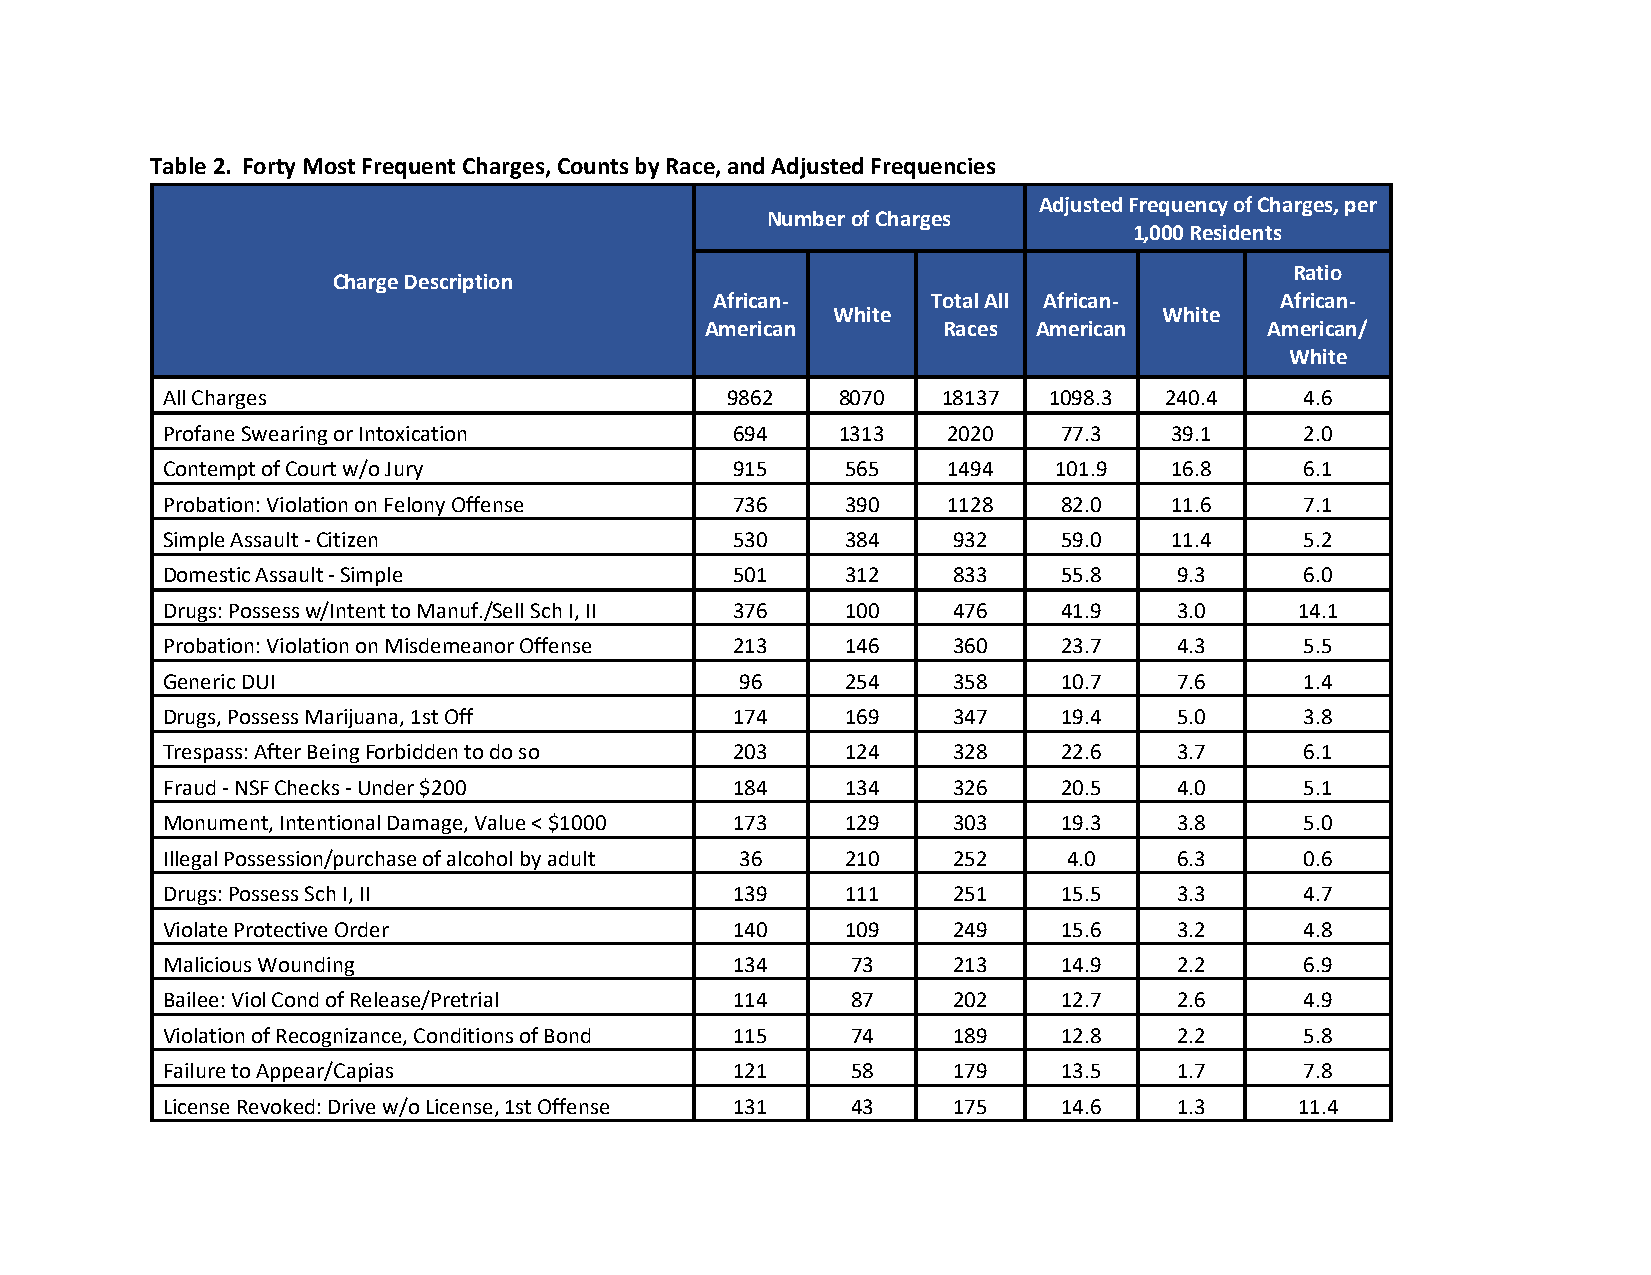
Table 2. Forty Most Frequent Charges, Counts by Race, and Adjusted Frequencies
 Adjusted Frequency of Charges, per
 Number of Charges
 1,000 Residents
 Ratio
 Charge Description
 African-       Total All African-     African-
 White                 White
 American       Races  American       American/
 White
 All Charges                          9862   8070   18137  1098.3  240.4    4.6
 Profane Swearing or Intoxication      694   1313    2020   77.3   39.1     2.0
 Contempt of Court w/o Jury            915    565    1494   101.9  16.8     6.1
 Probation: Violation on Felony Offense 736   390    1128   82.0   11.6     7.1
 Simple Assault - Citizen              530    384    932    59.0   11.4     5.2
 Domestic Assault - Simple             501    312    833    55.8    9.3     6.0
 Drugs: Possess w/Intent to Manuf./Sell Sch I, II 376 100 476 41.9  3.0     14.1
 Probation: Violation on Misdemeanor Offense 213 146 360    23.7    4.3     5.5
 Generic DUI                           96     254    358    10.7    7.6     1.4
 Drugs, Possess Marijuana, 1st Off     174    169    347    19.4    5.0     3.8
 Trespass: After Being Forbidden to do so 203 124    328    22.6    3.7     6.1
 Fraud - NSF Checks - Under $200       184    134    326    20.5    4.0     5.1
 Monument, Intentional Damage, Value < $1000 173 129 303    19.3    3.8     5.0
 Illegal Possession/purchase of alcohol by adult 36 210 252  4.0    6.3     0.6
 Drugs: Possess Sch I, II              139    111    251    15.5    3.3     4.7
 Violate Protective Order              140    109    249    15.6    3.2     4.8
 Malicious Wounding                    134    73     213    14.9    2.2     6.9
 Bailee: Viol Cond of Release/Pretrial 114    87     202    12.7    2.6     4.9
 Violation of Recognizance, Conditions of Bond 115 74 189   12.8    2.2     5.8
 Failure to Appear/Capias              121    58     179    13.5    1.7     7.8
 License Revoked: Drive w/o License, 1st Offense 131 43 175 14.6    1.3     11.4